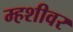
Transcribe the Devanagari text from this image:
म्हशीवर